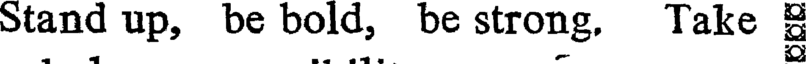
Stand up, be bold, be strong. Take